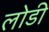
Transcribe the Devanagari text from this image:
लोडी